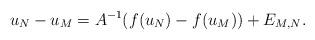
LaTeX: \begin{align*}u_N-u_M=A^{-1}(f(u_N)-f(u_M))+E_{M,N}.\end{align*}